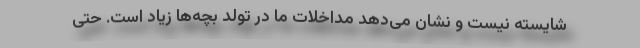
شایسته نیست و نشان می‌دهد مداخلات ما در تولد بچه‌ها زیاد است. حتی